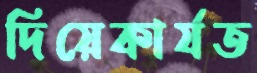
দিয়েকার্যত